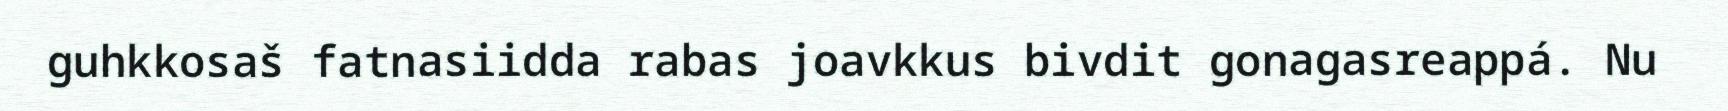
guhkkosaš fatnasiidda rabas joavkkus bivdit gonagasreappá. Nu